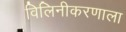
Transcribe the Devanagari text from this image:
विलिनीकरणाला